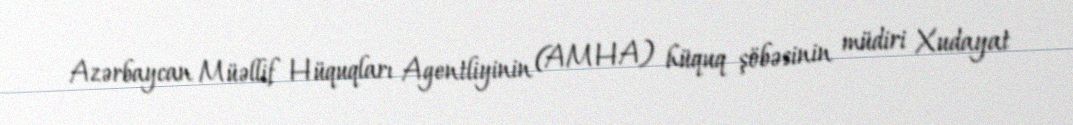
Azərbaycan Müəllif Hüquqları Agentliyinin (AMHA) hüquq şöbəsinin müdiri Xudayat